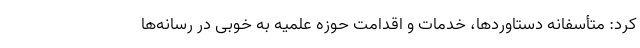
کرد: متأسفانه دستاوردها، خدمات و اقدامت حوزه علمیه به خوبی در رسانه‌ها